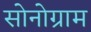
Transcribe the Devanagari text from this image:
सोनोग्राम